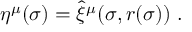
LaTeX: \eta ^ { \mu } ( \sigma ) = \hat { \xi } ^ { \mu } ( \sigma , r ( \sigma ) ) \ .